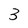
Character: 3